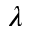
\lambda